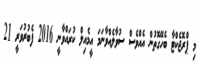
މި ޕްރޮޖެކްޓާ ބެހޭގޮތުން އެއްވެސް ސުވާލެއްވާނަމަ އީމެއިލް ކުރައްވާނީ 2016 ފެބުރުވަރީ 21